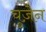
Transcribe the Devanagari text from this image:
चुज़ेन